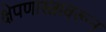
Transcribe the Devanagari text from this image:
क्षेपणास्त्रावरून